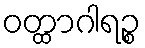
ဝတ္ထာဂါရဉ္စ